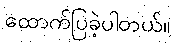
ထောက်ပြခဲ့ပါတယ်။